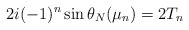
\begin{align*}2i(-1)^n \sin \theta_N(\mu_n)= 2 T_n\end{align*}